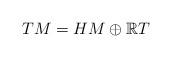
LaTeX: \begin{align*}TM = HM \oplus \mathbb{R} T \end{align*}